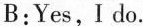
B:Yes,I do.